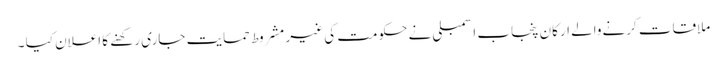
ملاقات کرنےوالے ارکان پنجاب اسمبلی نے حکومت کی غیر مشروط حمایت جاری رکھنے کا اعلان کیا ۔